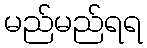
မည်မည်ရရ